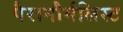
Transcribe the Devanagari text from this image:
पैरानौर्मलिस्ट